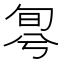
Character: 𠣬